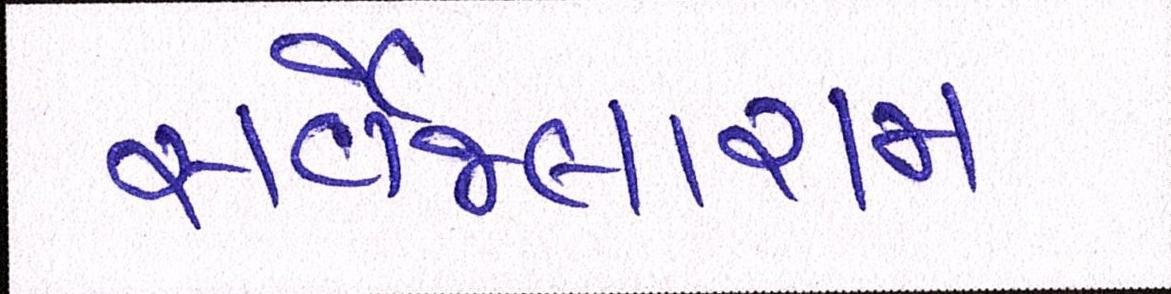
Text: સર્વેજલારામ